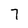
Character: 7